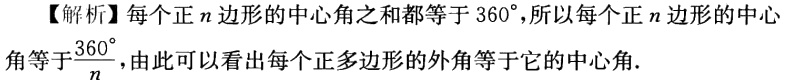
【解析】每个正\(n\)边形的中心角之和都等于\(360^{\circ}\)，所以每个正\(n\)边形的中心角等于\(\frac{360^{\circ}}{n}\)，由此可以看出每个正多边形的外角等于它的中心角.